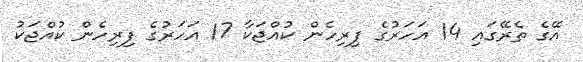
އޭގެ ތެރޭގައި 14 އަހަރުގެ ފިރިހެން ކުއްޖަކާ 17 އަހަރުގެ ފިރިހެން ކުއްޖަކު